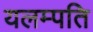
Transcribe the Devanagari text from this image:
यलम्पति